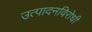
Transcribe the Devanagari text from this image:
उत्पादनविरोधी